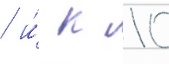
/ и́ к 10